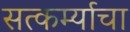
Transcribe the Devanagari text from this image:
सत्कर्म्याचा